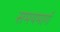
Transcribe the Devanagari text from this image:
समयमार्ग